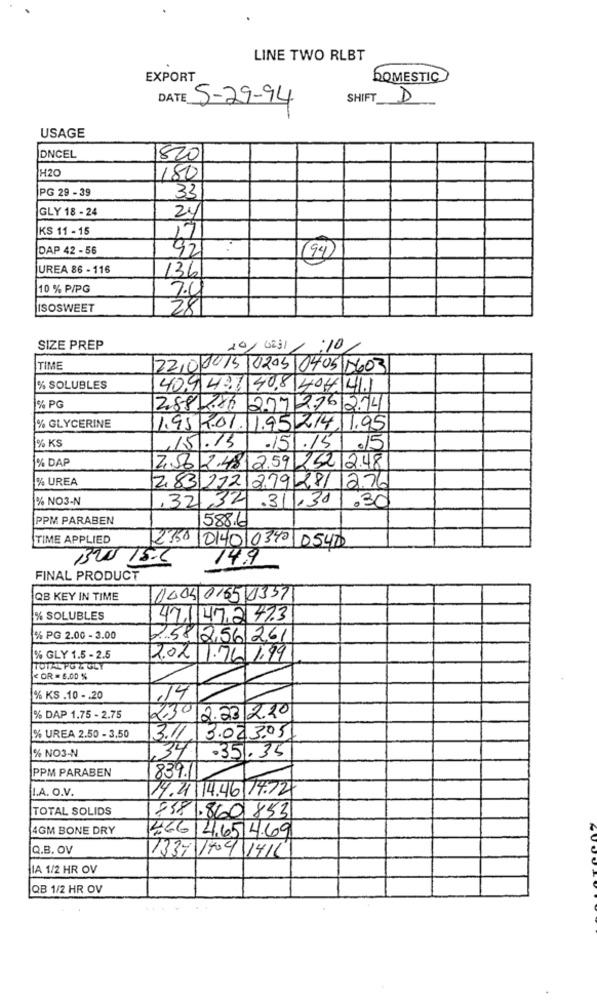
LINE TWO RLBT
EXPORT
DOMESTIC
DATE 5-29-94
SHIFT D
USAGE
DNCEL
820
H20
180
PG 29 -39
33
GLY 18 - 24
24
KS 11 - 15
17
DAP 42 - 56
92
(94)
UREA 86 - 116
136
10 % P/PG
7.0
ISOSWEET
28
SIZE PREP
20/0231 1:10/
TIME
22,00015 0205 0405 0603
% SOLUBLES
40,9 421 408 404 4.1
% PG
28880 219 276274
% GLYCERINE
1.95/9.01.1.95,214.1.95
% KS
15.13
./51.15 .15
% DAP
2.56 2.4812.59 252 2.48
% UREA
283 212121928
12.76
% NO3-N
,32,32 .31,30
.30
PPM PARABEN
588.6
TIME APPLIED
2350 014010340 05470
130 15.6
14.9
FINAL PRODUCT
QB KEY IN TIME
0004 0/65 43571
% SOLUBLES
471472 473
% PG 2.00 - 3.00
258 256 261
% GLY 1.5 - 2.5
2.02 1.761,99
TOTAL PGZ GLY
< OR = 6.00 %
% KS .10 - . 20
14
% DAP 1.75 - 2.75
2302231220
% UREA 2.50 - 3,50
3.11
3.02.3.05
% NO3-N
34
-35.35
PPM PARABEN
839.1
L.A. O.V.
14.21 /14.46 14.72
TOTAL SOLIDS
8581.8601853
4GM BONE DRY
46614.6514.69
Q.B. OV
1337 199 1416
IA 1/2 HR OV
QB 1/2 HR OV